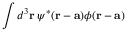
\int d ^ { 3 } \mathbf { r } \, \psi ^ { * } ( \mathbf { r } - \mathbf { a } ) \phi ( \mathbf { r } - \mathbf { a } )